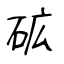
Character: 砿